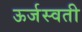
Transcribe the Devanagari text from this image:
ऊर्जस्वती